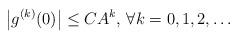
LaTeX: \begin{align*}\left|g^{(k)}(0)\right|\leq C A^k\textrm{, }\forall k=0,1,2,\ldots\end{align*}